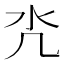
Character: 𣱻